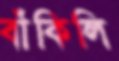
বাঁকিলি